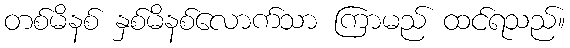
တစ်မိနစ် နှစ်မိနစ်လောက်သာ ကြာမည် ထင်ရသည်။